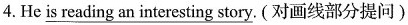
4.He \underline{is reading an interesting story}.(对画线部分提问)